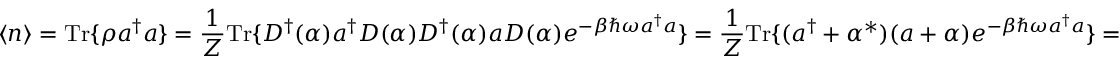
\langle n \rangle = { \mathrm { T r } } \{ \rho a ^ { \dagger } a \} = { \frac { 1 } { Z } } { \mathrm { T r } } \{ D ^ { \dagger } ( \alpha ) a ^ { \dagger } D ( { \alpha } ) D ^ { \dagger } ( \alpha ) a D ( \alpha ) e ^ { - \beta \hbar \omega a ^ { \dagger } a } \} = { \frac { 1 } { Z } } { \mathrm { T r } } \{ ( a ^ { \dagger } + \alpha ^ { * } ) ( a + \alpha ) e ^ { - \beta \hbar \omega a ^ { \dagger } a } \} =